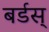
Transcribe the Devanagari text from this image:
बर्डस्